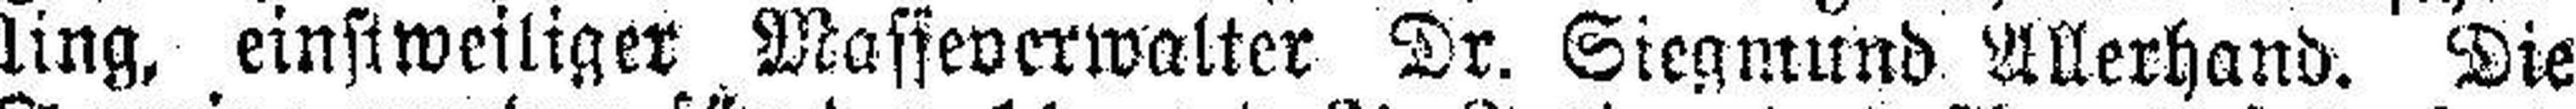
ling, einstweiliger Wasseverwalter Dr. Siegmund Allerhand. Die